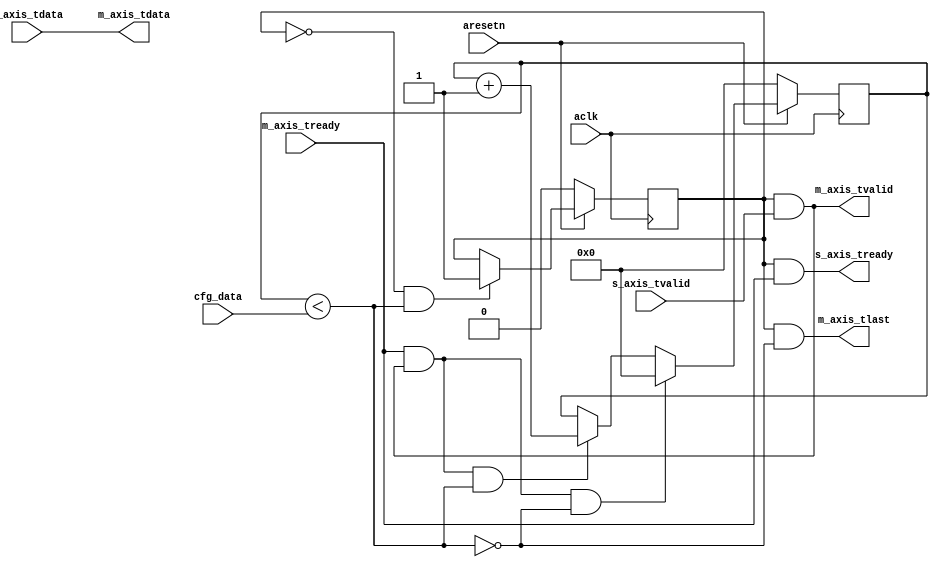
module axis_packetizer #
(
  parameter integer AXIS_TDATA_WIDTH = 32,
  parameter integer CNTR_WIDTH = 32
 )
(
  // System signals
  input  wire                        aclk,
  input  wire                        aresetn,

  input  wire [CNTR_WIDTH-1:0]       cfg_data,

  // Slave side
  output wire                        s_axis_tready,
  input  wire [AXIS_TDATA_WIDTH-1:0] s_axis_tdata,
  input  wire                        s_axis_tvalid,

  // Master side
  input  wire                        m_axis_tready,
  output wire [AXIS_TDATA_WIDTH-1:0] m_axis_tdata,
  output wire                        m_axis_tvalid,
  output wire                        m_axis_tlast
);

  reg [CNTR_WIDTH-1:0] int_cntr_reg, int_cntr_next;
  reg int_enbl_reg, int_enbl_next;

  wire int_comp_wire, int_tvalid_wire, int_tlast_wire;

  always @(posedge aclk)
  begin
    if(~aresetn)
    begin
      int_cntr_reg <= {(CNTR_WIDTH){1'b0}};
      int_enbl_reg <= 1'b0;
    end
    else
    begin
      int_cntr_reg <= int_cntr_next;
      int_enbl_reg <= int_enbl_next;
    end
  end

  assign int_comp_wire = int_cntr_reg < cfg_data;
  assign int_tvalid_wire = int_enbl_reg & s_axis_tvalid;
  assign int_tlast_wire = ~int_comp_wire;

  
  always @*
  begin
    int_cntr_next = int_cntr_reg;
    int_enbl_next = int_enbl_reg;

    if(~int_enbl_reg & int_comp_wire)
    begin
      int_enbl_next = 1'b1;
    end

    if(m_axis_tready & int_tvalid_wire & int_comp_wire)
    begin
      int_cntr_next = int_cntr_reg + 1'b1;
    end

    if(m_axis_tready & int_tvalid_wire & int_tlast_wire)
    begin
      int_cntr_next = {(CNTR_WIDTH){1'b0}};
    end
  end

  assign s_axis_tready = int_enbl_reg & m_axis_tready;
  assign m_axis_tdata = s_axis_tdata;
  assign m_axis_tvalid = int_tvalid_wire;
  assign m_axis_tlast = int_enbl_reg & int_tlast_wire;

endmodule